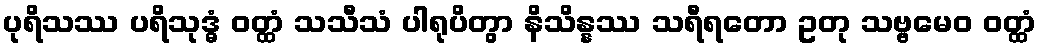
ပုရိသဿ ပရိသုဒ္ဓံ ဝတ္ထံ သသီသံ ပါရုပိတွာ နိသိန္နဿ သရီရတော ဥတု သဗ္ဗမေဝ ဝတ္ထံ